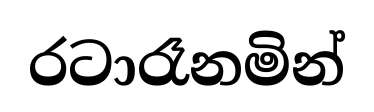
රටාරෑනමින්